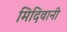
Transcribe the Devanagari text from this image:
मिदिवानी